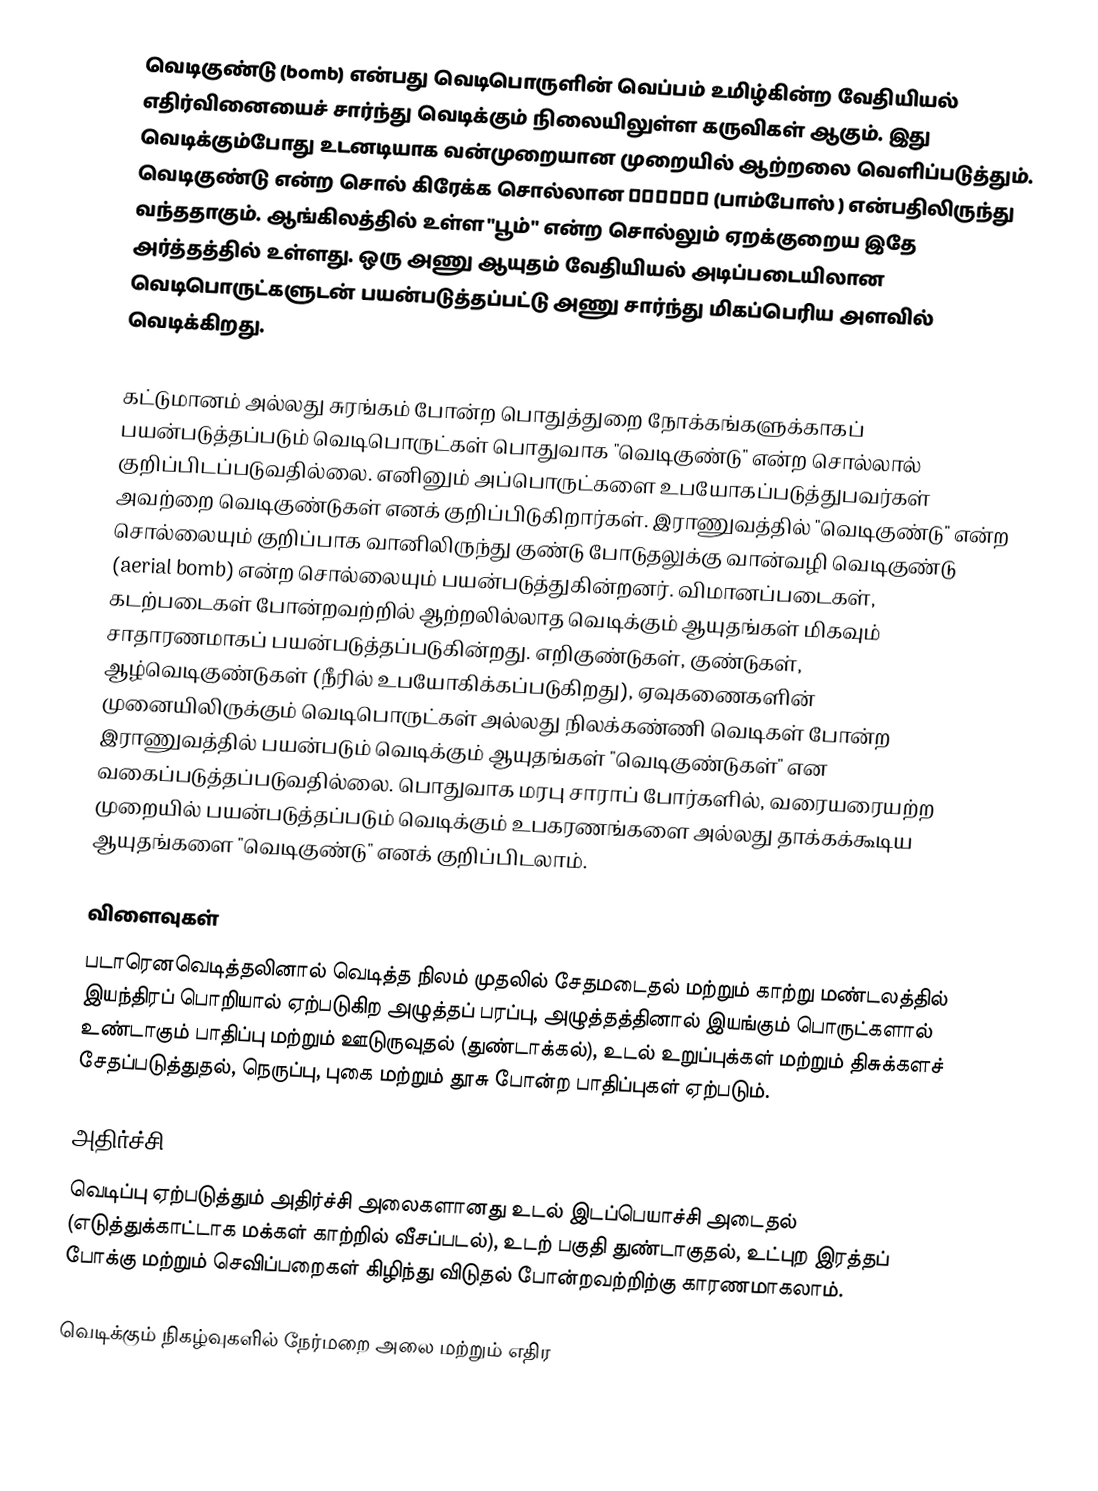
வெடிகுண்டு (bomb) என்பது வெடிபொருளின் வெப்பம் உமிழ்கின்ற வேதியியல் எதிர்வினையைச் சார்ந்து வெடிக்கும் நிலையிலுள்ள கருவிகள் ஆகும். இது வெடிக்கும்போது உடனடியாக வன்முறையான முறையில் ஆற்றலை வெளிப்படுத்தும். வெடிகுண்டு என்ற சொல் கிரேக்க சொல்லான βόμβος (பாம்போஸ் ) என்பதிலிருந்து வந்ததாகும். ஆங்கிலத்தில் உள்ள "பூம்" என்ற சொல்லும் ஏறக்குறைய இதே அர்த்தத்தில் உள்ளது. ஒரு அணு ஆயுதம் வேதியியல் அடிப்படையிலான வெடிபொருட்களுடன் பயன்படுத்தப்பட்டு அணு சார்ந்து மிகப்பெரிய அளவில் வெடிக்கிறது.

கட்டுமானம் அல்லது சுரங்கம் போன்ற பொதுத்துறை நோக்கங்களுக்காகப் பயன்படுத்தப்படும் வெடிபொருட்கள் பொதுவாக "வெடிகுண்டு" என்ற சொல்லால் குறிப்பிடப்படுவதில்லை. எனினும் அப்பொருட்களை உபயோகப்படுத்துபவர்கள் அவற்றை வெடிகுண்டுகள் எனக் குறிப்பிடுகிறார்கள். இராணுவத்தில் "வெடிகுண்டு" என்ற சொல்லையும் குறிப்பாக வானிலிருந்து குண்டு போடுதலுக்கு வான்வழி வெடிகுண்டு (aerial bomb) என்ற சொல்லையும் பயன்படுத்துகின்றனர். விமானப்படைகள், கடற்படைகள் போன்றவற்றில் ஆற்றலில்லாத வெடிக்கும் ஆயுதங்கள் மிகவும் சாதாரணமாகப் பயன்படுத்தப்படுகின்றது. எறிகுண்டுகள், குண்டுகள், ஆழ்வெடிகுண்டுகள் (நீரில் உபயோகிக்கப்படுகிறது), ஏவுகணைகளின் முனையிலிருக்கும் வெடிபொருட்கள் அல்லது நிலக்கண்ணி வெடிகள் போன்ற இராணுவத்தில் பயன்படும் வெடிக்கும் ஆயுதங்கள் "வெடிகுண்டுகள்" என வகைப்படுத்தப்படுவதில்லை. பொதுவாக மரபு சாராப் போர்களில், வரையரையற்ற முறையில் பயன்படுத்தப்படும் வெடிக்கும் உபகரணங்களை அல்லது தாக்கக்கூடிய ஆயுதங்களை "வெடிகுண்டு" எனக் குறிப்பிடலாம்.

விளைவுகள்
படாரெனவெடித்தலினால் வெடித்த நிலம் முதலில் சேதமடைதல் மற்றும் காற்று மண்டலத்தில் இயந்திரப் பொறியால் ஏற்படுகிற அழுத்தப் பரப்பு, அழுத்தத்தினால் இயங்கும் பொருட்களால் உண்டாகும் பாதிப்பு மற்றும் ஊடுருவுதல் (துண்டாக்கல்), உடல் உறுப்புக்கள் மற்றும் திசுக்களச் சேதப்படுத்துதல், நெருப்பு, புகை மற்றும் தூசு போன்ற பாதிப்புகள் ஏற்படும்.

அதிர்ச்சி
வெடிப்பு ஏற்படுத்தும் அதிர்ச்சி அலைகளானது உடல் இடப்பெயாச்சி அடைதல் (எடுத்துக்காட்டாக மக்கள் காற்றில் வீசப்படல்), உடற் பகுதி துண்டாகுதல், உட்புற இரத்தப் போக்கு மற்றும் செவிப்பறைகள் கிழிந்து விடுதல் போன்றவற்றிற்கு காரணமாகலாம்.

வெடிக்கும் நிகழ்வுகளில் நேர்மறை அலை மற்றும் எதிர